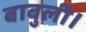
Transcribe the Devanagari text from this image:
बाबुली।